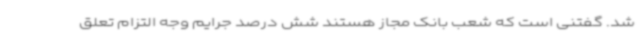
شد. گفتنی است که شعب بانک مجاز هستند شش درصد جرایم وجه التزام تعلق